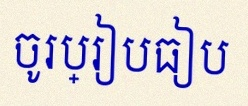
ចូរប្រៀបធៀប